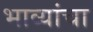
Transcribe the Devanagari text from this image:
भाव्यांचा